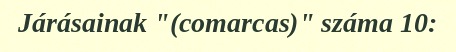
Járásainak "(comarcas)" száma 10: